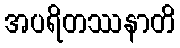
အပရိတဿနာတိ